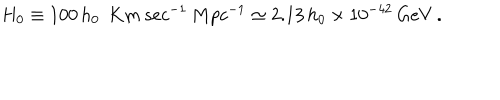
H _ { 0 } \equiv 1 0 0 \, h _ { 0 } \ \, K m \, s e c ^ { - 1 } \, M p c ^ { - 1 } \simeq 2 . 1 3 \, h _ { 0 } \times 1 0 ^ { - 4 2 } \, G e V \, .